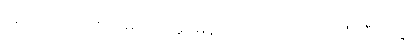
သူတို့အော်ဟစ်သံများက မူမမှန်၊ ကြောက်စရာ့ အသံကြီးတွေ။